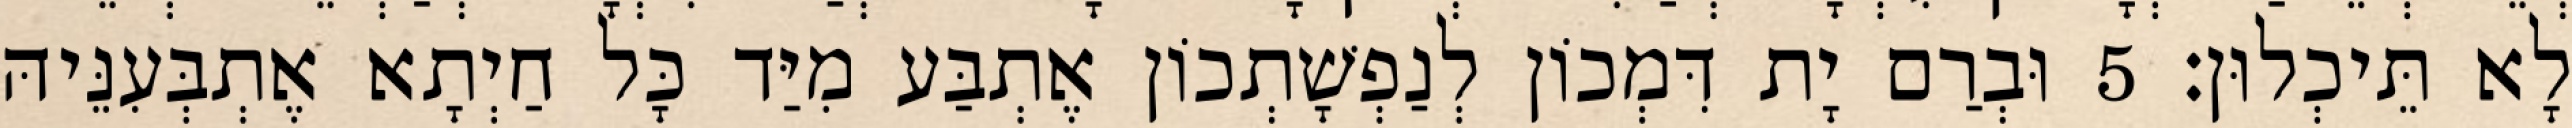
לָא תֵּיכְלוּן׃ 5 וּבְרַם יָת דִּמְכוֹן לְנַפְשָׁתְכוֹן אֶתְבַּע מִיַּד כָּל חַיְתָא אֶתְבְּעִנֵּיהּ